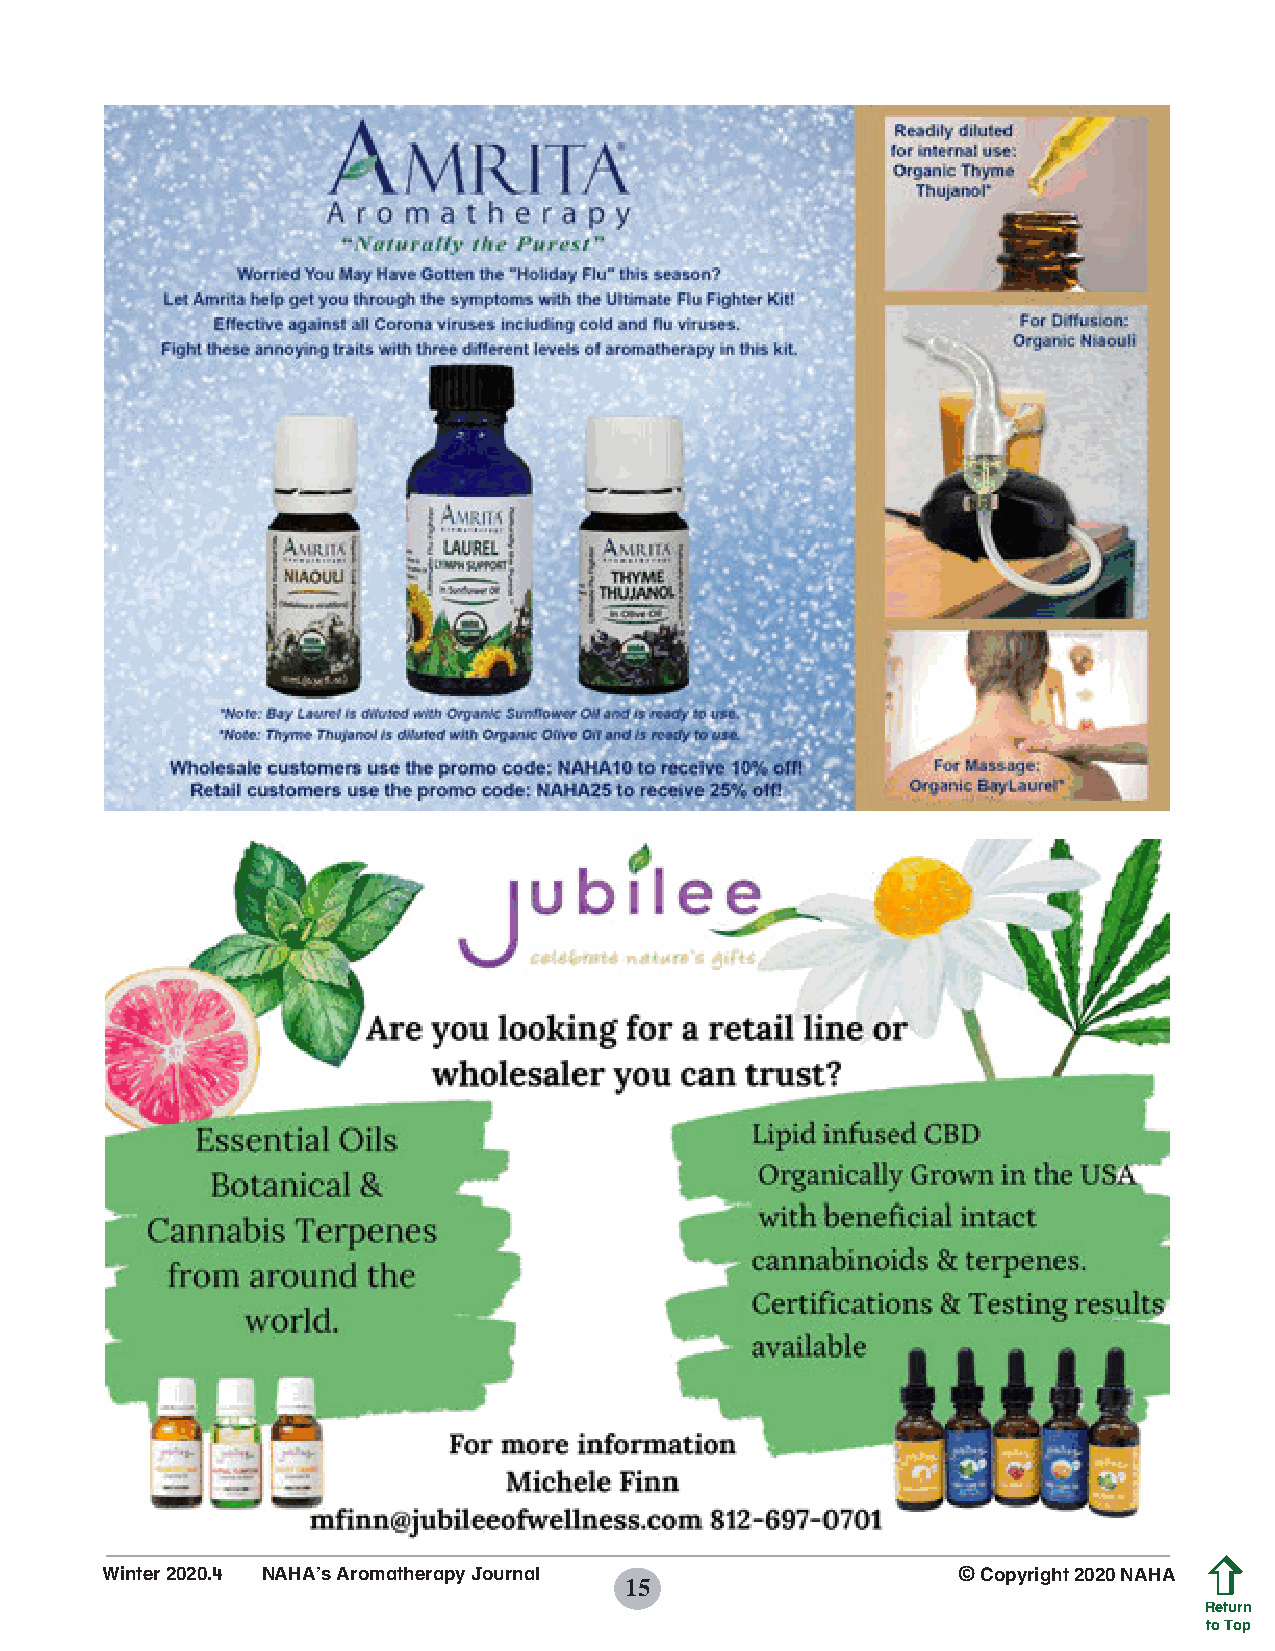
Winter 2020.4 NAHA’s Aromatherapy Journal               © Copyright 2020 NAHA
 15
 Return
 to Top
 